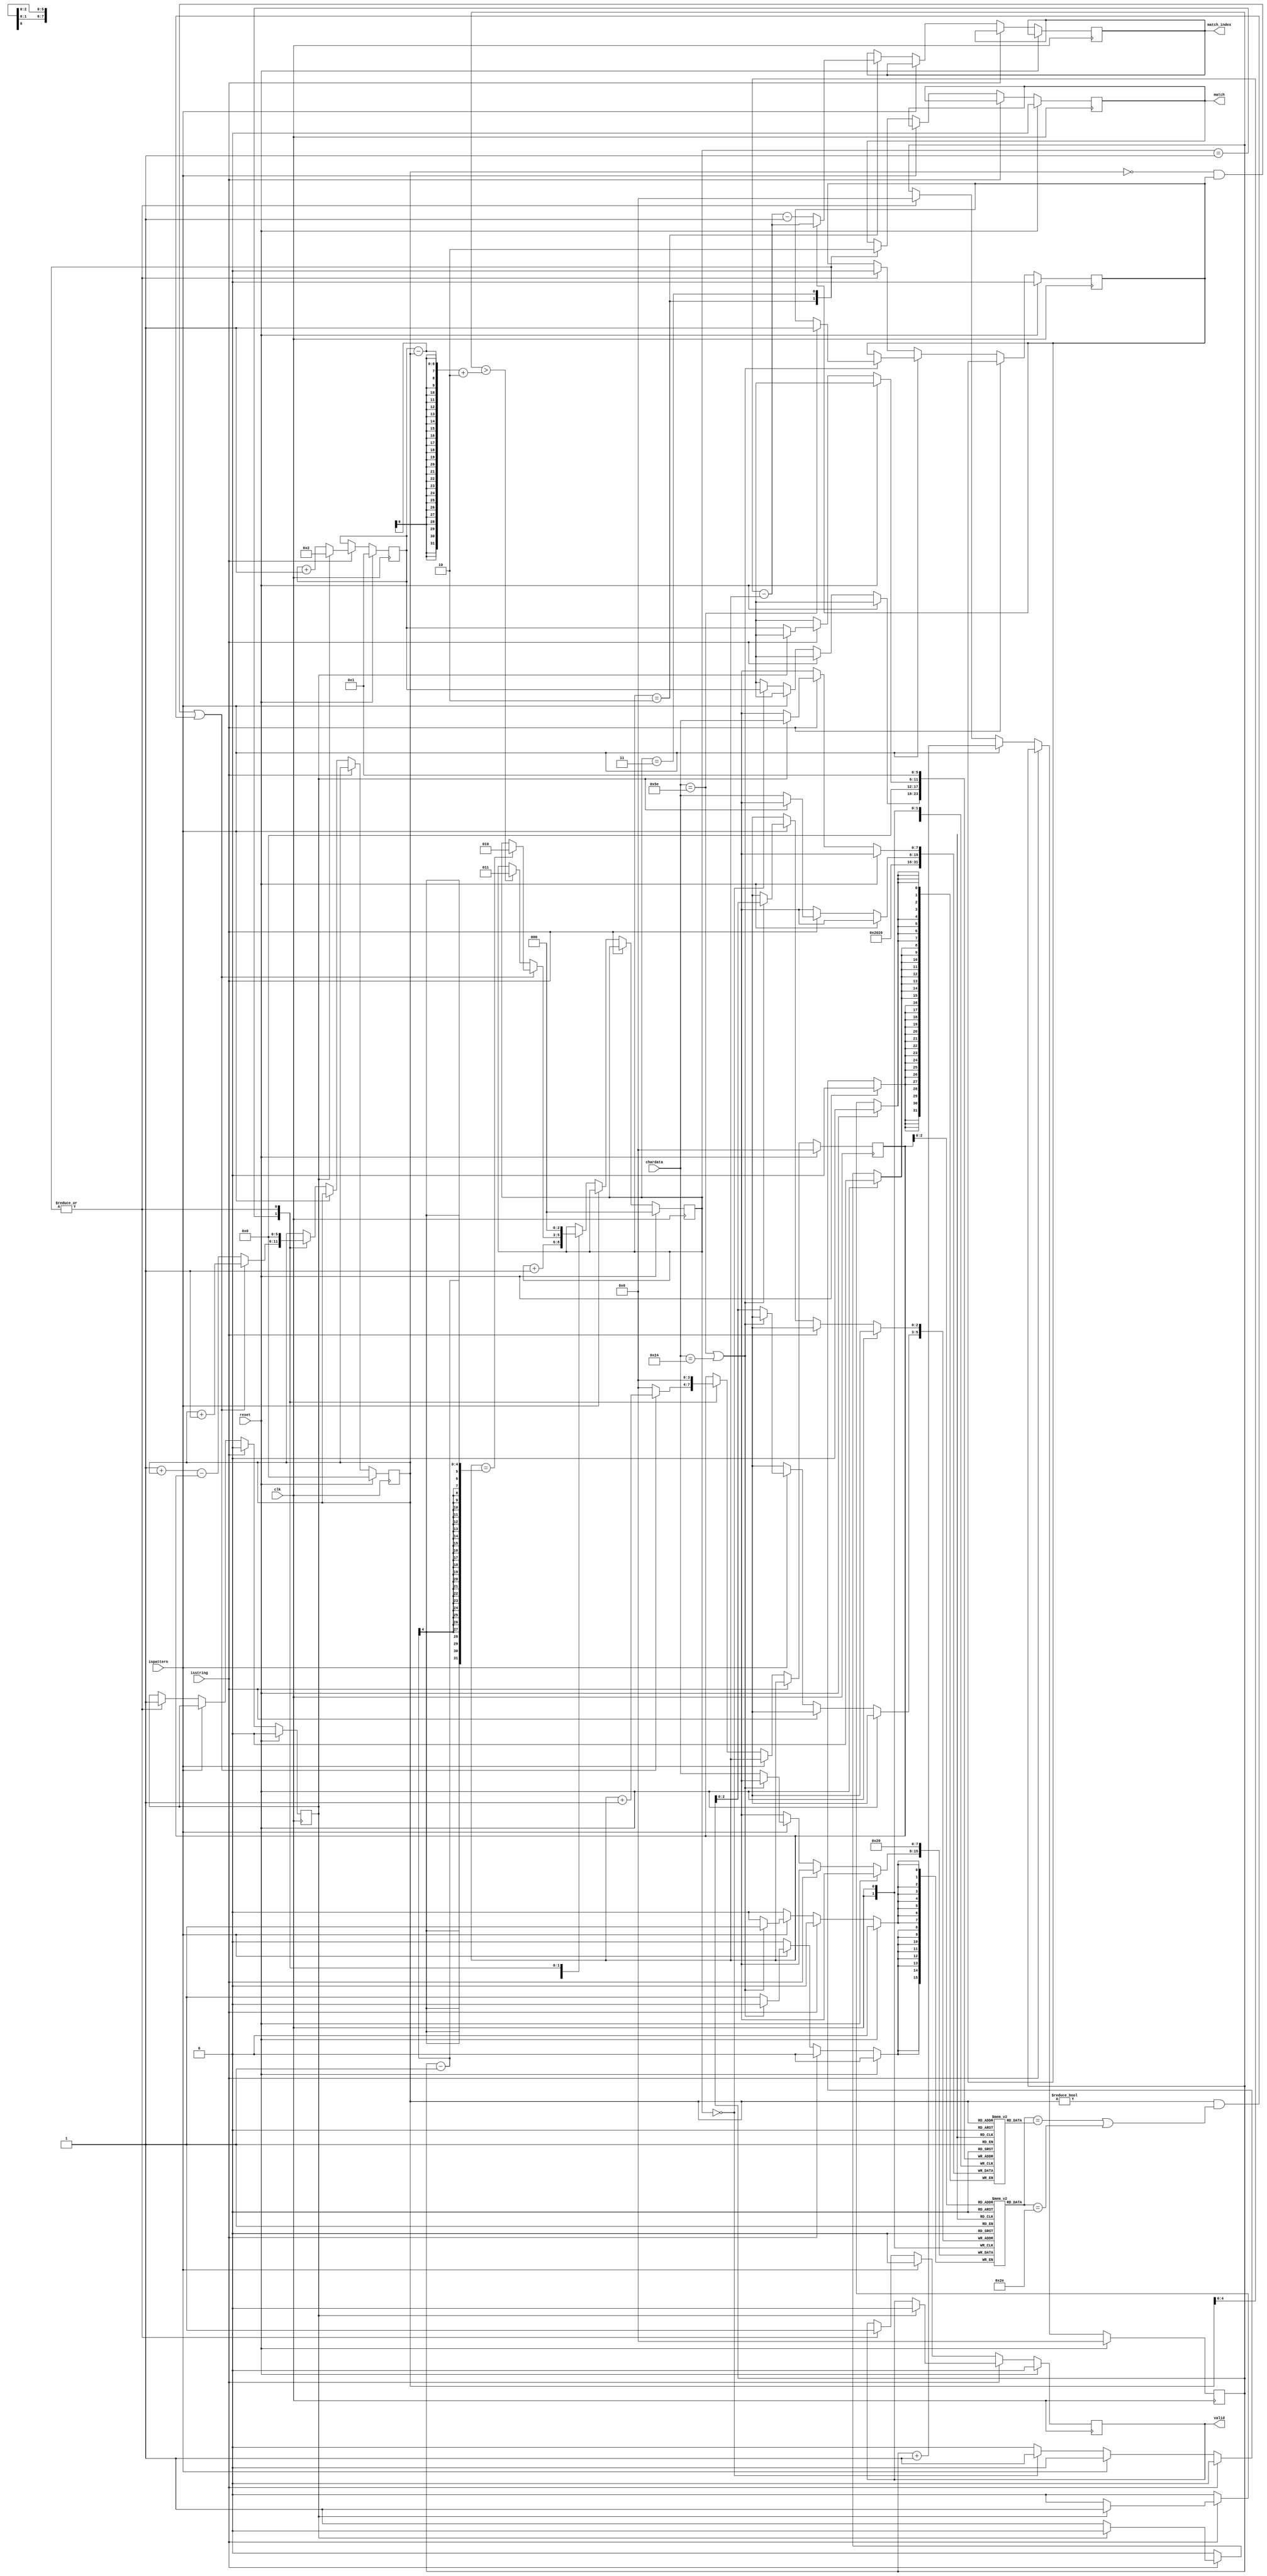
module SME(clk,reset,chardata,isstring,ispattern,valid,match,match_index);
input clk;
input reset;
input [7:0] chardata;
input isstring;
input ispattern;
output reg match;
output reg [4:0] match_index;
output reg  valid;

reg [7:0]Str[33:0];
reg [7:0]pattern[7:0];

reg [5:0]s_len,s_index;
reg [3:0]p_len,p_index;
reg [2:0]state;
reg space_start;  // start with "^"
reg new_string;
parameter space = 7'd 32;

always@(posedge clk)begin
    if(reset)begin
        state <= 0;
        space_start <= 0;  
        new_string <= 0;

        s_len <= 1;
        s_index <= 0;
        
        p_len <= 0;
        p_index <= 0;

        match <= 0;
        valid <= 0;
    end
    else if(isstring)begin
        if(new_string == 1)begin
            valid <= 0;
            s_len <= 2;
            Str[1] <= chardata ;
            new_string <= 0;  
        end
        else begin
            Str[s_len] <= chardata ;
            s_len <= s_len + 1;
        end       
    end 
    else if(ispattern)begin
        valid <= 0;

        if(chardata ==  94 || chardata ==  36 )begin // replace ^ and $ with space
            pattern[p_len] <= space ;
            if(chardata == 94)                   
                space_start <= 1;  
        end    
        else   
            pattern[p_len] <= chardata ;

        p_len <= p_len + 1;
    end 
    else begin
        case(state)
            0:begin
                Str[0]     <= space ;
                Str[s_len] <= space ; // add a space to start and end of string
                state <= state + 1;
              end
            1:begin // compare
                if( (s_index == 0 && space_start == 1 )  || // start with "^"
                    (s_index != 0 && ( pattern[p_index] == Str[s_index] ||  pattern[p_index] == 46 )))begin  //  "."  isn't equal to all alphabet when  s_index == 0 ,
                    p_index <= p_index + 1 ;
                    s_index <= s_index + 1 ;

                    if(p_index == p_len - 1) // correct
                        state <= 2;
		        end
                else begin
                    s_index <= 1 + s_index - p_index;
                    p_index <=  0;

                    if(p_len > s_len - s_index + 2 ) //wrong
                        state <= 3;
                end
              end  
            2:begin // correct
                    if(space_start  ==  1) // start with ^ sign
                        match_index <= s_index - p_index  ;
                    else        
                        match_index <= s_index - p_index - 1;
                    
                    valid <= 1;
                    match <= 1;
                    state <= 0; 
                    space_start <= 0 ; 
                    s_index <= 0;
                    p_len <= 0;
                    p_index <= 0;   
                    new_string <= 1;       
              end
            3:begin // wrong
                    valid <= 1;
                    match <= 0;
                    state <= 0;
                    space_start <= 0 ; 
                    s_index <= 0;                    
                    p_len <= 0;
                    p_index <= 0;
                    new_string <= 1;
              end  
        endcase
    end// end else 
end
endmodule // cycle times : 30  NS 
          // Total : 51570 NS
          // area :  18090.889498